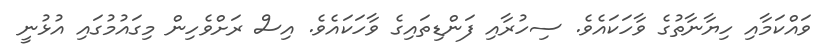
ވައްކަމާއި ހިޔާނާތުގެ ވާހަކައެވެ. ސިހުރާއި ފަންޑިތައިގެ ވާހަކައެވެ. އިސް ރަށްވެހިން މިގައުމުގައި އުޅުނީ